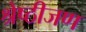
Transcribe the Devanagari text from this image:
श्रेष्ठीजण